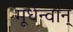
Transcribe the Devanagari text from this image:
मूर्धन्वान्‌